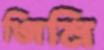
জিমি